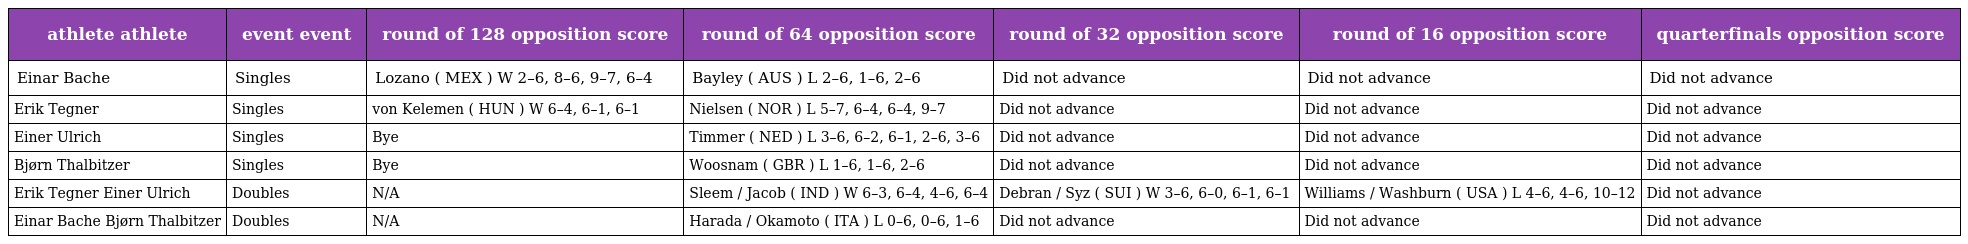
| athlete athlete | event event | round of 128 opposition score | round of 64 opposition score | round of 32 opposition score | round of 16 opposition score | quarterfinals opposition score |
 | --- | --- | --- | --- | --- | --- | --- |
 | Einar Bache | Singles | Lozano ( MEX ) W 2–6, 8–6, 9–7, 6–4 | Bayley ( AUS ) L 2–6, 1–6, 2–6 | Did not advance | Did not advance | Did not advance |
 | Erik Tegner | Singles | von Kelemen ( HUN ) W 6–4, 6–1, 6–1 | Nielsen ( NOR ) L 5–7, 6–4, 6–4, 9–7 | Did not advance | Did not advance | Did not advance |
 | Einer Ulrich | Singles | Bye | Timmer ( NED ) L 3–6, 6–2, 6–1, 2–6, 3–6 | Did not advance | Did not advance | Did not advance |
 | Bjørn Thalbitzer | Singles | Bye | Woosnam ( GBR ) L 1–6, 1–6, 2–6 | Did not advance | Did not advance | Did not advance |
 | Erik Tegner Einer Ulrich | Doubles | N/A | Sleem / Jacob ( IND ) W 6–3, 6–4, 4–6, 6–4 | Debran / Syz ( SUI ) W 3–6, 6–0, 6–1, 6–1 | Williams / Washburn ( USA ) L 4–6, 4–6, 10–12 | Did not advance |
 | Einar Bache Bjørn Thalbitzer | Doubles | N/A | Harada / Okamoto ( ITA ) L 0–6, 0–6, 1–6 | Did not advance | Did not advance | Did not advance |